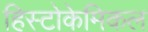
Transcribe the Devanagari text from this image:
हिस्टोकेमिकल